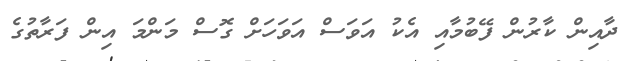
ދާއިން ކާރުން ފޭބުމާއި އެކު އަވަސް އަވަހަށް ގޮސް މަންމަ އިން ފަރާތުގެ